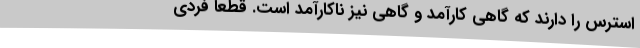
استرس را دارند که گاهی کارآمد و گاهی نیز ناکارآمد است. قطعاً فردی